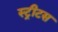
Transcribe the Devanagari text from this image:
स्ट्रीटस